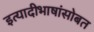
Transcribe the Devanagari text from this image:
इत्यादीभाषांसोबत